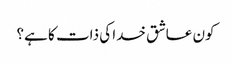
کون عاشق خدا کی ذات کا ہے؟